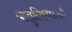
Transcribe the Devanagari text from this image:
ऋतुविशेषज्ञों